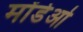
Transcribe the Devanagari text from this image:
मोंडेओ